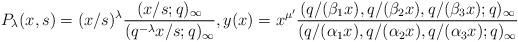
LaTeX: \begin{align*}& P_{\lambda}(x, s) = (x/s)^{\lambda} \frac{(x/s;q)_{\infty}}{(q^{-\lambda} x/s ;q)_{\infty}}, y(x)=x^{\mu '} \frac{(q/(\beta_1 x), q/(\beta_2 x), q/(\beta_3 x) ;q)_{\infty}}{(q/(\alpha_1 x), q/(\alpha_2 x), q/(\alpha_3 x) ;q)_{\infty}}\end{align*}